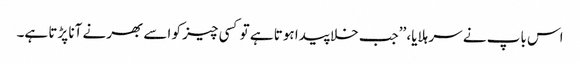
اس باپ نے سر ہلایا، ’’جب خلا پیدا ہوتا ہے تو کسی چیز کو اسے بھرنے آنا پڑتا ہے۔